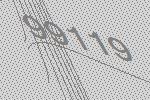
99119